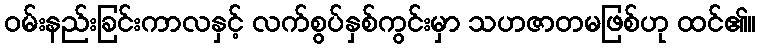
ဝမ်းနည်းခြင်းကာလနှင့် လက်စွပ်နှစ်ကွင်းမှာ သဟဇာတမဖြစ်ဟု ထင်၏။